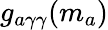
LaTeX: g_{a\gamma\gamma}(m_{a})